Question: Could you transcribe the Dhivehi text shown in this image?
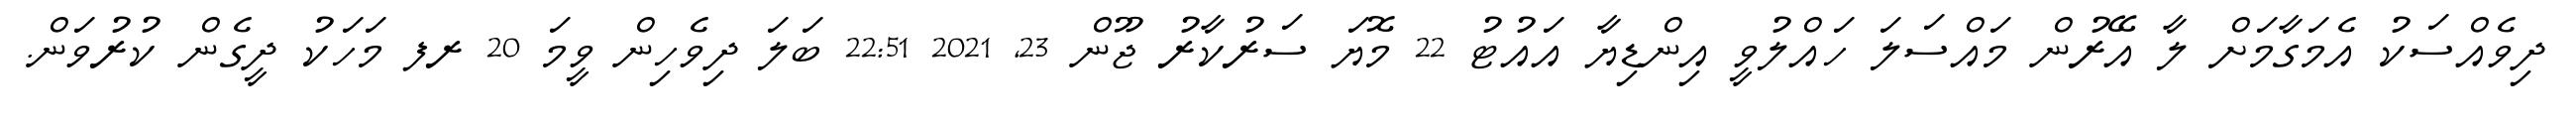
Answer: ދިވެއްސަކު އެމަގާމަށް ލާ އޭރުން މައްސަލަ ހައްލުވީ އިންޑިޔާ އައުޓު 22 މޮޔަ ސަރުކާރު ޖޫން 23, 2021 22:51 ބަލަ ދިވެހިން ވީމަ 20 ރފ މަހަކު ދީގެން ކުރުވަން.